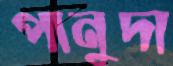
পানুদা